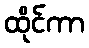
ထိုင်ကာ